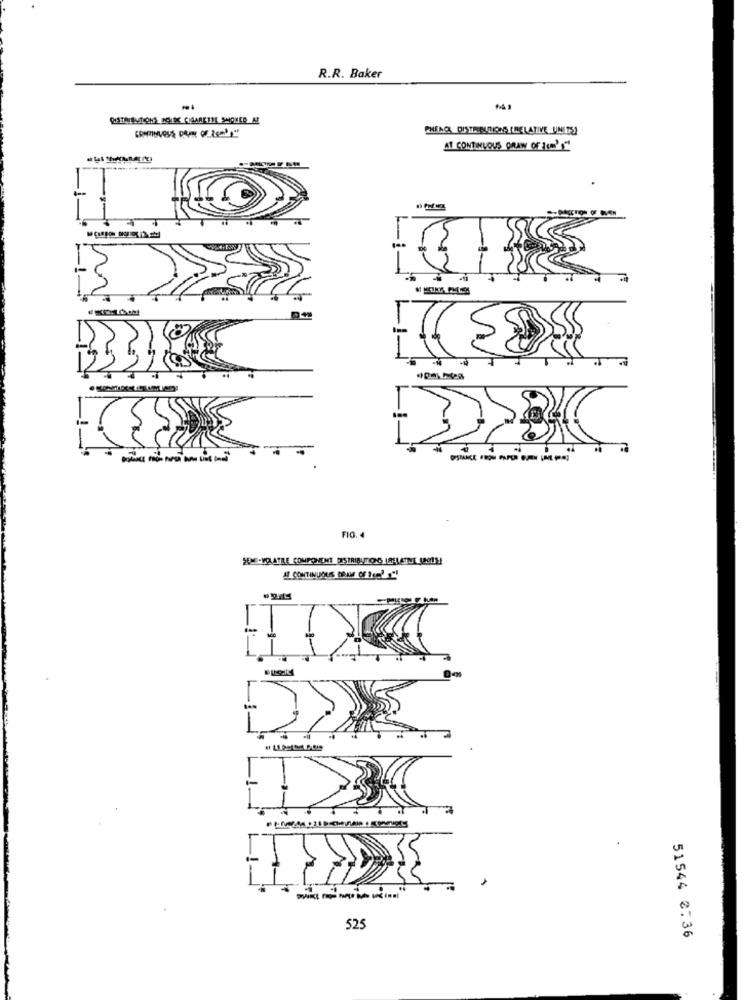
R.R. Baker
PHENCAL DISTRIBUTIONS [RELATIVE UNITS)
AT CONTINUOUS ORAW OF ICH'S""
-----
------
FIG. 4
SOME -VOLATILE COMPONENT DISTRIBUTIONC (RELATIE LOT !!
A CONTINUOUS BRAM OF Ie? ""!
525
51544 2:36